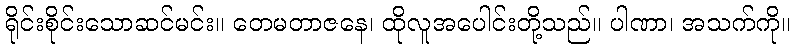
ရိုင်းစိုင်းသောဆင်မင်း။ တေမတာဇနေ၊ ထိုလူအပေါင်းတို့သည်။ ပါဏာ၊ အသက်ကို။